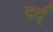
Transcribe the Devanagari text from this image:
दर्द्